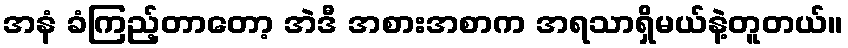
အနံ ခံကြည့်တာတော့ အဲဒီ အစားအစာက အရသာရှိမယ်နဲ့တူတယ်။